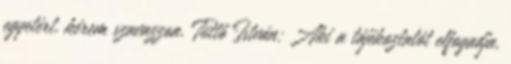
egyetért, kérem szavazzon. Tüttő István: Aki a tájékoztatót elfogadja,